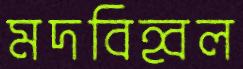
মদবিহ্বল